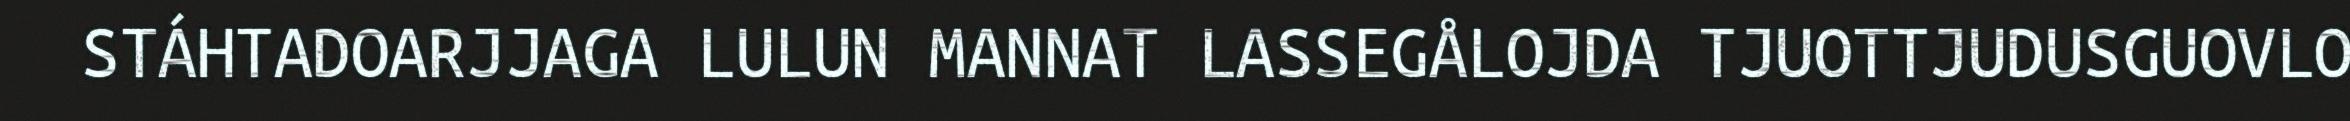
STÁHTADOARJJAGA LULUN MANNAT LASSEGÅLOJDA TJUOTTJUDUSGUOVLO